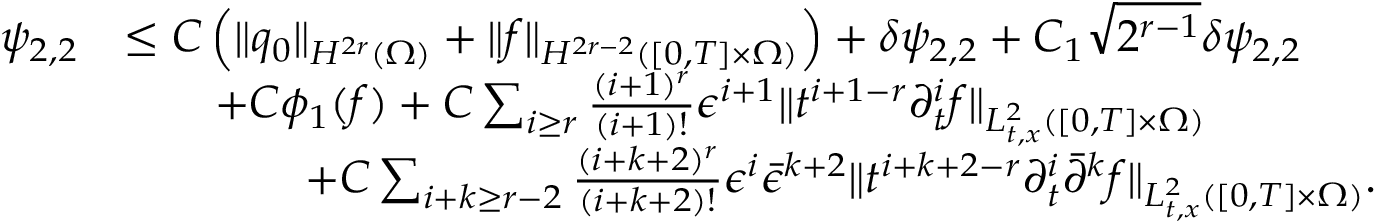
\begin{array} { r l } { \psi _ { 2 , 2 } } & { \le C \left( \| q _ { 0 } \| _ { H ^ { 2 r } ( \Omega ) } + \| f \| _ { H ^ { 2 r - 2 } ( [ 0 , T ] \times \Omega ) } \right) + \delta \psi _ { 2 , 2 } + C _ { 1 } \sqrt { 2 ^ { r - 1 } } \delta \psi _ { 2 , 2 } } \\ & { \quad \quad + C \phi _ { 1 } ( f ) + C \sum _ { i \ge r } \frac { ( i + 1 ) ^ { r } } { ( i + 1 ) ! } \epsilon ^ { i + 1 } \| t ^ { i + 1 - r } \partial _ { t } ^ { i } f \| _ { L _ { t , x } ^ { 2 } ( [ 0 , T ] \times \Omega ) } } \\ & { \quad \quad \quad \quad + C \sum _ { i + k \ge r - 2 } \frac { ( i + k + 2 ) ^ { r } } { ( i + k + 2 ) ! } \epsilon ^ { i } \bar { \epsilon } ^ { k + 2 } \| t ^ { i + k + 2 - r } \partial _ { t } ^ { i } \bar { \partial } ^ { k } f \| _ { L _ { t , x } ^ { 2 } ( [ 0 , T ] \times \Omega ) } . } \end{array}